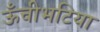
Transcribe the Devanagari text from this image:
ऊँचीभटिया